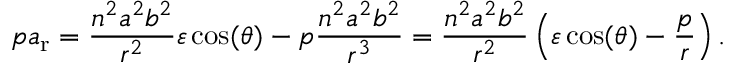
p a _ { \mathrm { r } } = { \frac { n ^ { 2 } a ^ { 2 } b ^ { 2 } } { r ^ { 2 } } } \varepsilon \cos ( \theta ) - p { \frac { n ^ { 2 } a ^ { 2 } b ^ { 2 } } { r ^ { 3 } } } = { \frac { n ^ { 2 } a ^ { 2 } b ^ { 2 } } { r ^ { 2 } } } \left( \varepsilon \cos ( \theta ) - { \frac { p } { r } } \right) .